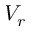
V _ { r }